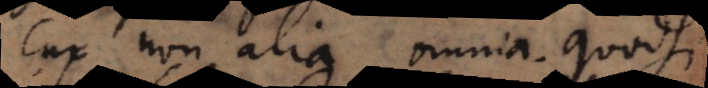
cur non alia omnia. Quodsi